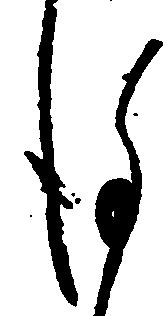
謹